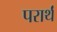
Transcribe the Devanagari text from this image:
परार्थं